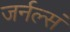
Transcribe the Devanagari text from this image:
जर्नल्सं